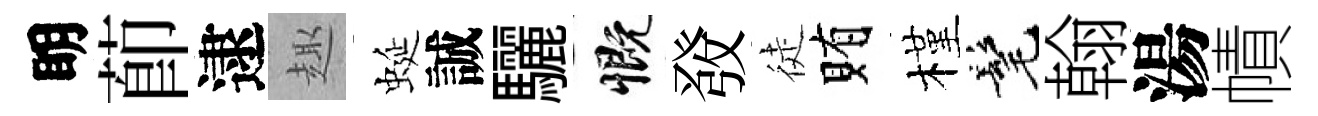
眀莭逮趣蜒誠驪慨𤼲徒賄槿髦翰湯幘